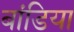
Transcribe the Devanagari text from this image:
बांडिया